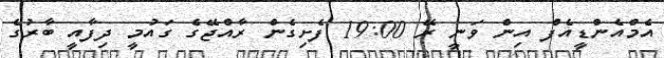
އެމްއެންޑީއެފް އިން ވަނީ ރޭ 19:00 ފެށިގެން ރާއްޖޭގެ ގައުމީ ދިފާއީ ބާރުގެ